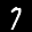
Label: 7